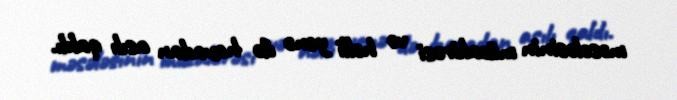
məsələsinin müzakirəsi və həlli yenə də havadan asılı qaldı.